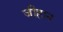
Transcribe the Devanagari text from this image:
जीहान